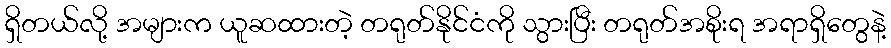
ရှိတယ်လို့ အများက ယူဆထားတဲ့ တရုတ်နိုင်ငံကို သွားပြီး တရုတ်အစိုးရ အရာရှိတွေနဲ့